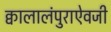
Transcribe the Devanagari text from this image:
क्वालालंपुराऐवजी